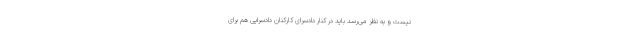
نیست و به نظر می‌رسد باید در کنار دادسرای کارکنان دادسرایی هم برای